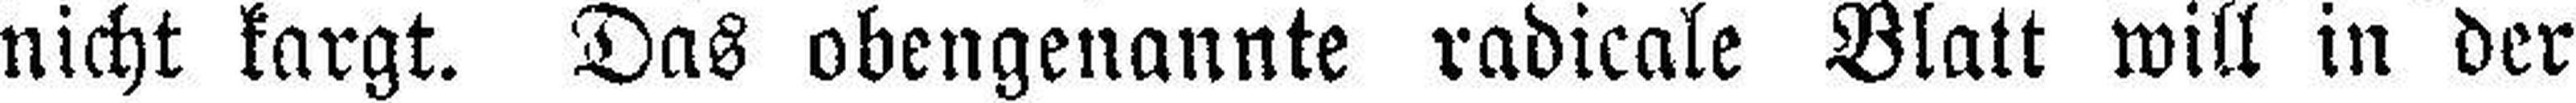
nicht kargt. Das obengenannte radicale Blatt will in der